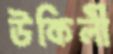
উকিলী